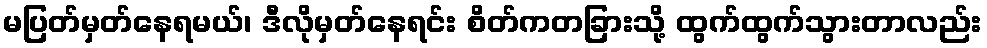
မပြတ်မှတ်နေရမယ်၊ ဒီလိုမှတ်နေရင်း စိတ်ကတခြားသို့ ထွက်ထွက်သွားတာလည်း